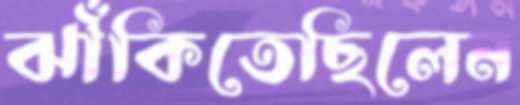
ঝাঁকিতেছিলেন